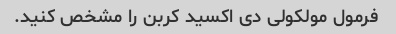
فرمول مولکولی دی اکسید کربن را مشخص کنید.